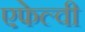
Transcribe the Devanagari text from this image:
एफेल्वी